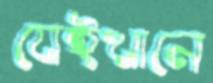
যেইখানে